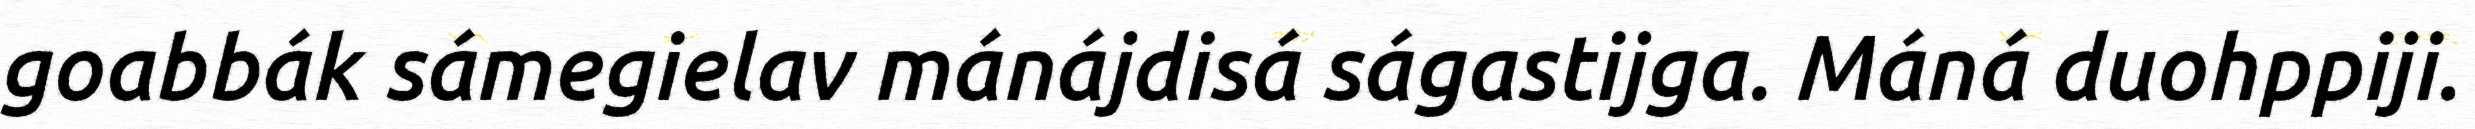
goabbák sámegielav mánájdisá ságastijga. Máná duohppiji.